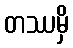
တဿမှိ